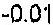
-0.01